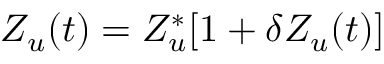
Z _ { u } ( t ) = Z _ { u } ^ { * } [ 1 + \delta Z _ { u } ( t ) ]